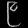
Digit: ၉